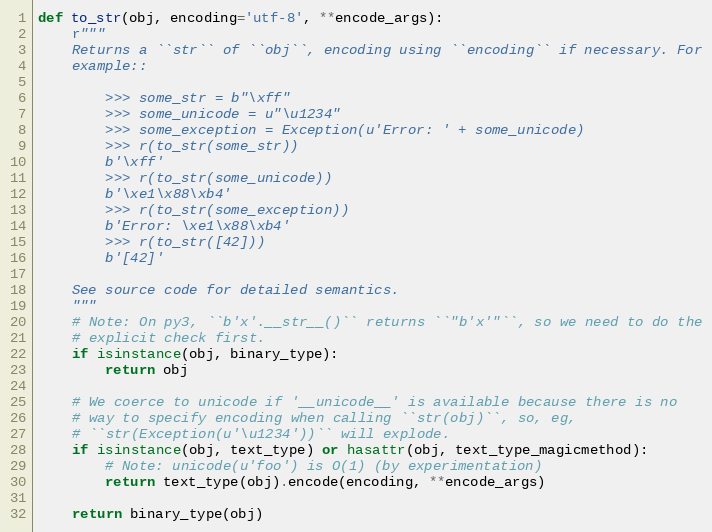
Language: Python
def to_str(obj, encoding='utf-8', **encode_args):
    r"""
    Returns a ``str`` of ``obj``, encoding using ``encoding`` if necessary. For
    example::

        >>> some_str = b"\xff"
        >>> some_unicode = u"\u1234"
        >>> some_exception = Exception(u'Error: ' + some_unicode)
        >>> r(to_str(some_str))
        b'\xff'
        >>> r(to_str(some_unicode))
        b'\xe1\x88\xb4'
        >>> r(to_str(some_exception))
        b'Error: \xe1\x88\xb4'
        >>> r(to_str([42]))
        b'[42]'

    See source code for detailed semantics.
    """
    # Note: On py3, ``b'x'.__str__()`` returns ``"b'x'"``, so we need to do the
    # explicit check first.
    if isinstance(obj, binary_type):
        return obj

    # We coerce to unicode if '__unicode__' is available because there is no
    # way to specify encoding when calling ``str(obj)``, so, eg,
    # ``str(Exception(u'\u1234'))`` will explode.
    if isinstance(obj, text_type) or hasattr(obj, text_type_magicmethod):
        # Note: unicode(u'foo') is O(1) (by experimentation)
        return text_type(obj).encode(encoding, **encode_args)

    return binary_type(obj)